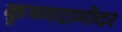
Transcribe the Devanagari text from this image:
कृष्णदामोदर